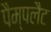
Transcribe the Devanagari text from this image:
पैम्पलैट